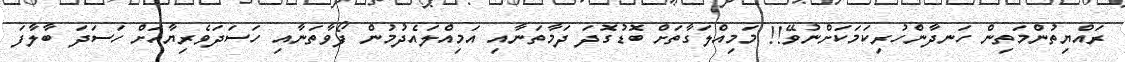
ރައްޔިތުންމަތިން ހަނދާންހުރިކަމަކަށްނުވޭ!! މަމިއްލަގާތަށް ބޮޑުގޮދަ ދަމާތަނާއި އަމިއްލައެދުމުން ފޯވާތަނާއި ހަސަދަވެރިޔާއަށް ހަސަދަ ބާލާފަ